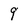
Character: 9